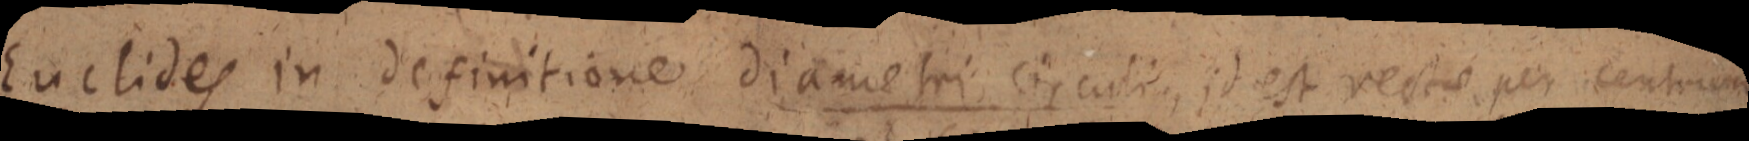
Euclides in definitione diametri circuli, id est rectae per centrum